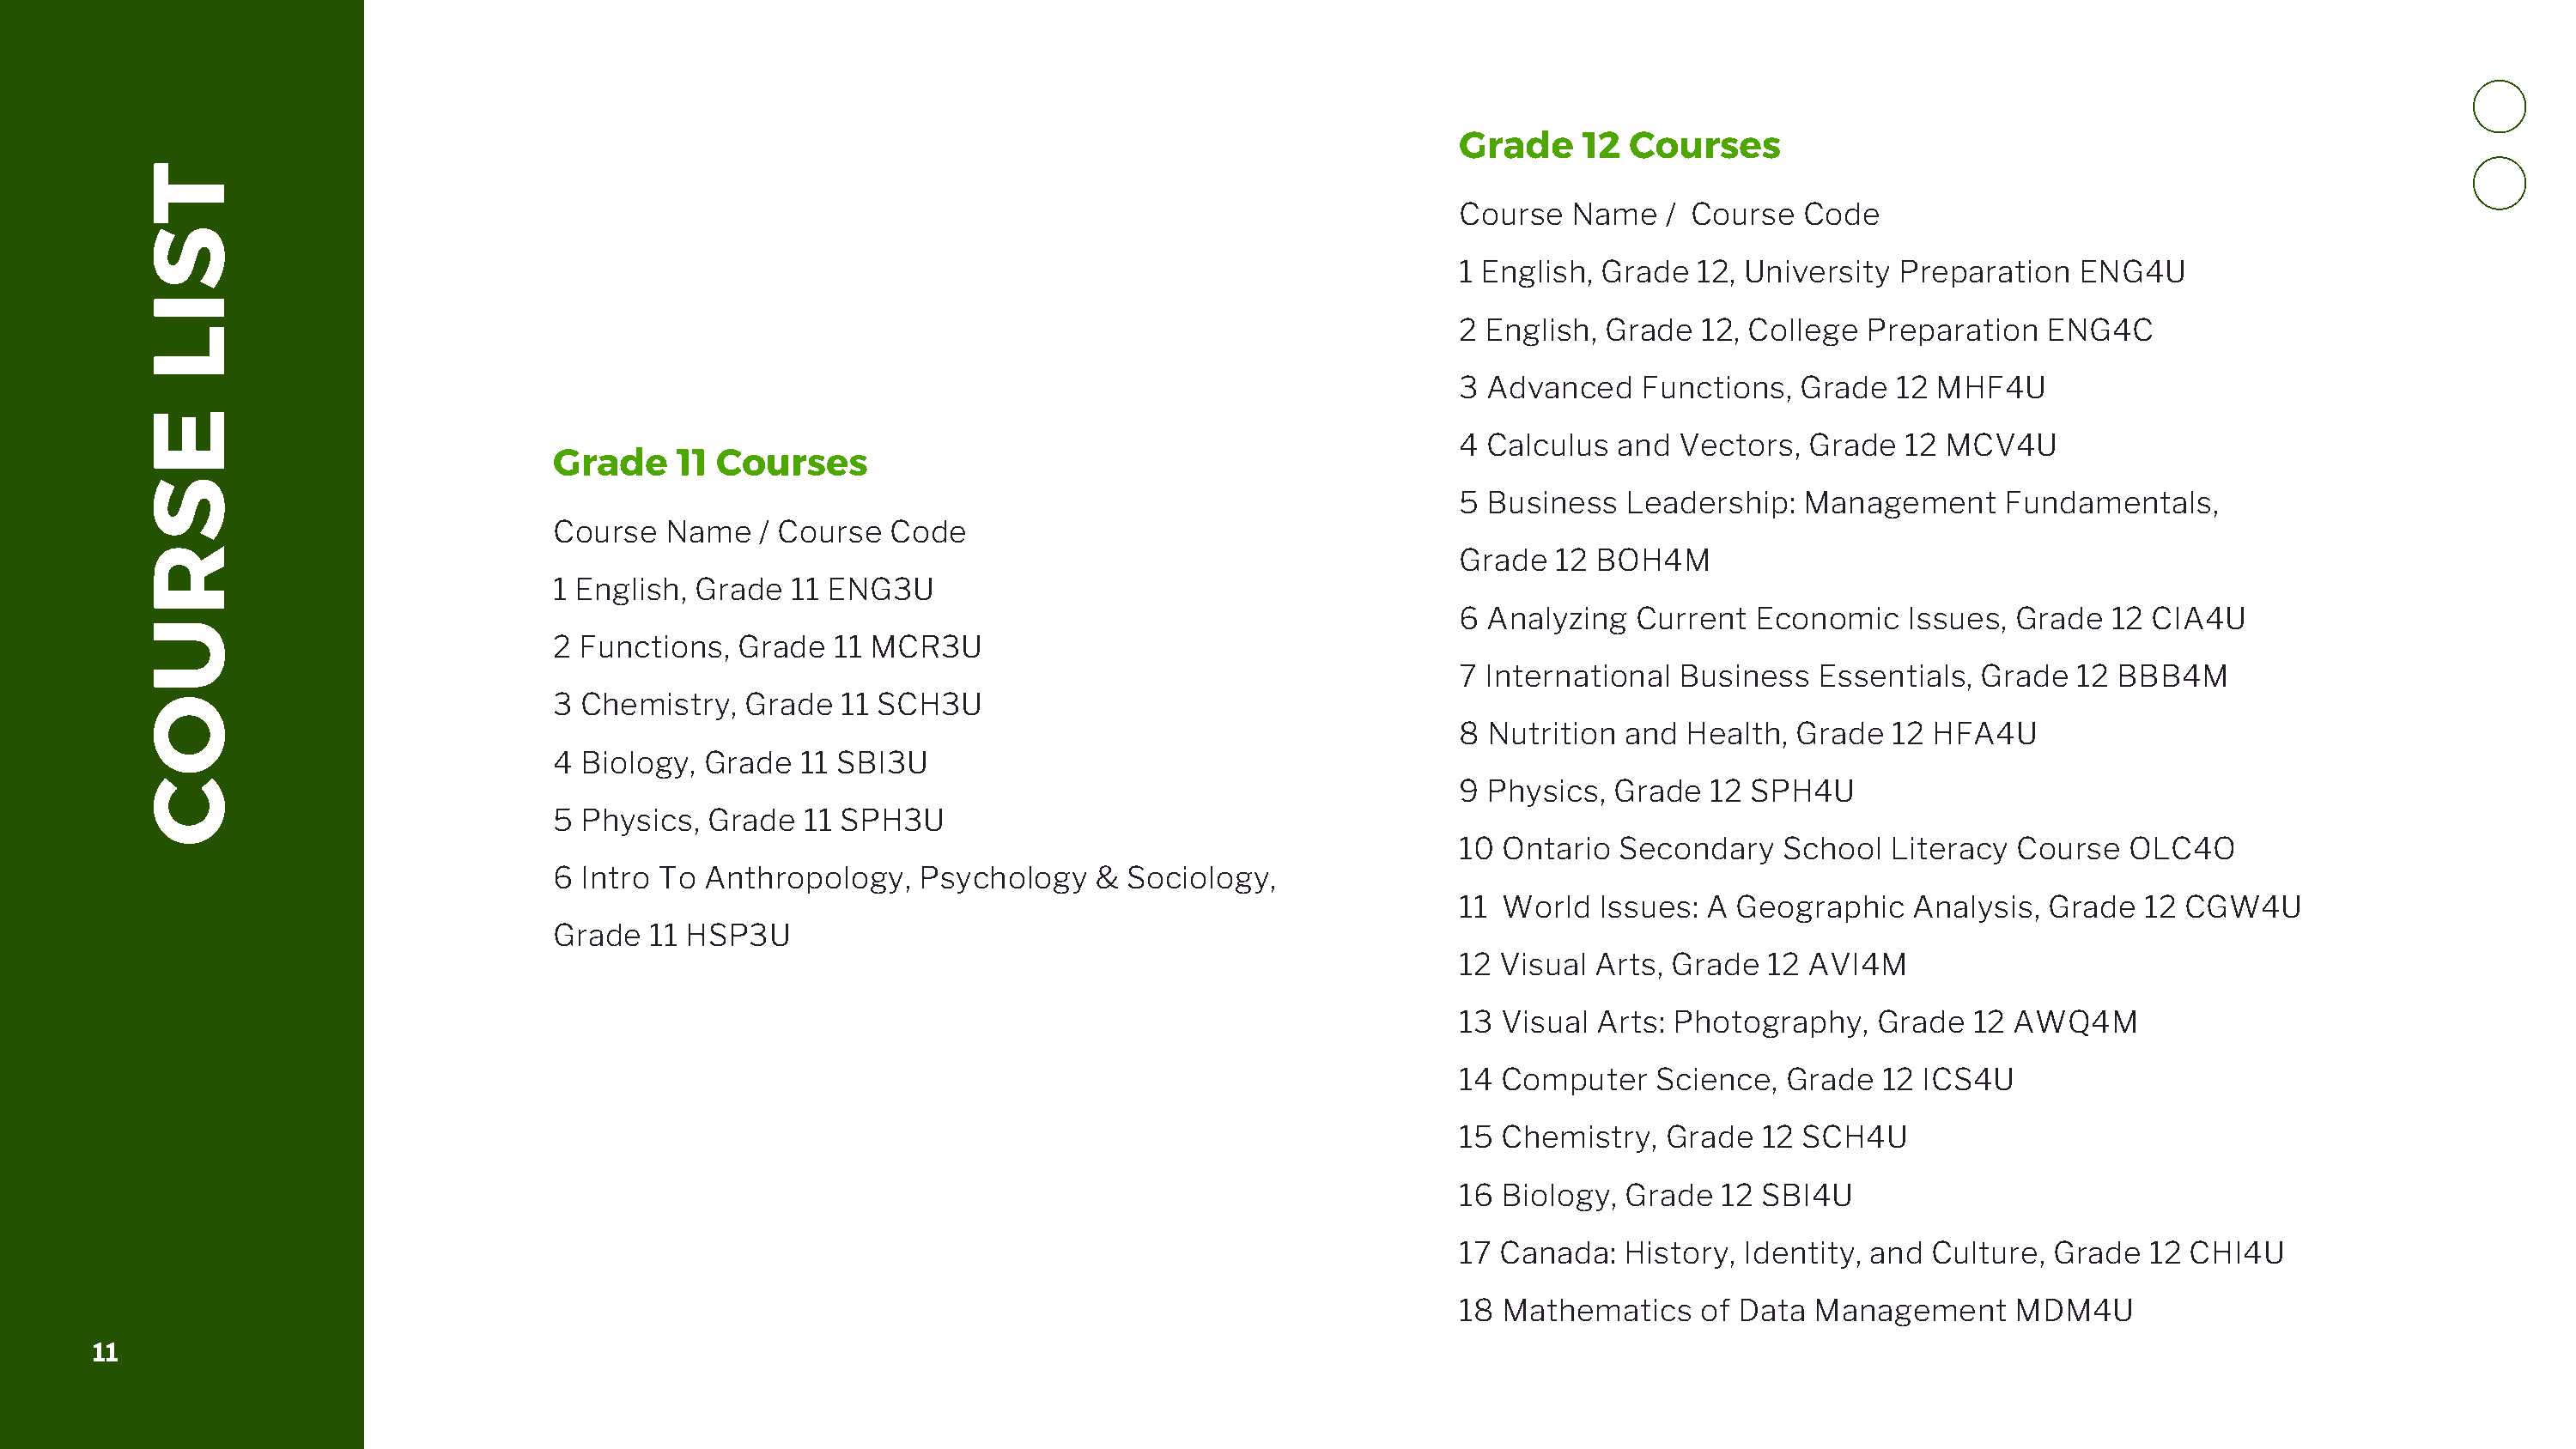
Grade     12  Courses
 T
 Course   Name   / Course   Code
 S
 1 English, Grade   12, University Preparation   ENG4U
 I
 2 English,  Grade  12, College  Preparation   ENG4C
 L
 3  Advanced    Functions,  Grade  12 MHF4U
 E
 Grade    11 Courses                                                  4  Calculus  and Vectors,  Grade   12 MCV4U
 S
 5  Business  Leadership:   Management      Fundamentals,
 Course  Name    / Course  Code
 R                                                                                                     Grade   12 BOH4M
 1 English, Grade  11 ENG3U
 6  Analyzing  Current  Economic    Issues, Grade   12 CIA4U
 U
 2 Functions,  Grade  11 MCR3U
 7 International  Business   Essentials,  Grade  12 BBB4M
 O                                3 Chemistry,  Grade   11 SCH3U
 8  Nutrition and  Health, Grade   12 HFA4U
 4 Biology, Grade   11 SBI3U
 C                                                                                                     9  Physics, Grade   12 SPH4U
 5 Physics,  Grade  11 SPH3U
 10  Ontario  Secondary   School   Literacy Course   OLC4O
 6 Intro To Anthropology,    Psychology   &  Sociology,
 11  World  Issues:  A Geographic   Analysis,  Grade  12 CGW4U
 Grade  11 HSP3U
 12  Visual Arts, Grade  12 AVI4M
 13  Visual Arts: Photography,    Grade  12 AWQ4M
 14  Computer    Science,  Grade  12 ICS4U
 15  Chemistry,  Grade   12 SCH4U
 16  Biology, Grade   12 SBI4U
 17  Canada:  History, Identity, and  Culture, Grade   12 CHI4U
 18  Mathematics    of Data  Management     MDM4U
 11